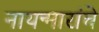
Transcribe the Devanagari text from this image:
नायन्मारांचे